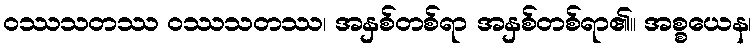
ဝဿသတဿ ဝဿသတဿ၊ အနှစ်တစ်ရာ အနှစ်တစ်ရာ၏။ အစ္စယေန၊